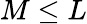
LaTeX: M\leq L